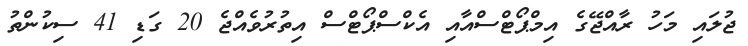
ޖުލައި މަހު ރާއްޖޭގެ އިމްޕޯޓްސްއާއި އެކްސްޕޯޓްސް އިތުރުވެއްޖެ 20 ގަޑި 41 ސިކުންތު